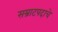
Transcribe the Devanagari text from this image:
सम्राटपदाचे